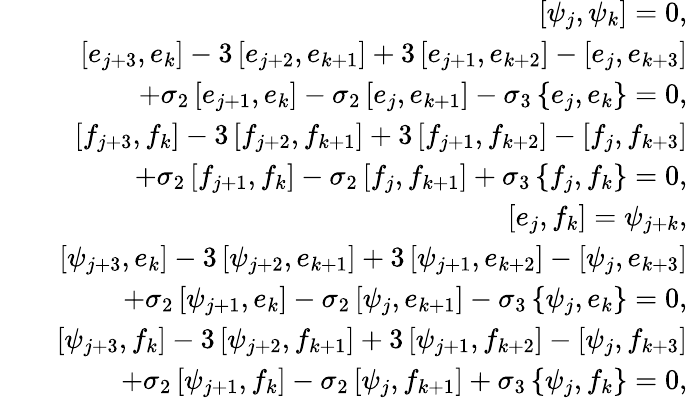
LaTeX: \begin{array}{rlr}&{}&{\left[\psi_{j},\psi_{k}\right]=0,}\\ &{}&{\left[e_{j+3},e_{k}\right]-3\left[e_{j+2},e_{k+1}\right]+3\left[e_{j+1},e_{k+2}\right]-\left[e_{j},e_{k+3}\right]}\\ &{}&{\quad+\sigma_{2}\left[e_{j+1},e_{k}\right]-\sigma_{2}\left[e_{j},e_{k+1}\right]-\sigma_{3}\left\{ e_{j},e_{k}\right\} =0,}\\ &{}&{\left[f_{j+3},f_{k}\right]-3\left[f_{j+2},f_{k+1}\right]+3\left[f_{j+1},f_{k+2}\right]-\left[f_{j},f_{k+3}\right]}\\ &{}&{\quad+\sigma_{2}\left[f_{j+1},f_{k}\right]-\sigma_{2}\left[f_{j},f_{k+1}\right]+\sigma_{3}\left\{ f_{j},f_{k}\right\} =0,}\\ &{}&{\left[e_{j},f_{k}\right]=\psi_{j+k},}\\ &{}&{\left[\psi_{j+3},e_{k}\right]-3\left[\psi_{j+2},e_{k+1}\right]+3\left[\psi_{j+1},e_{k+2}\right]-\left[\psi_{j},e_{k+3}\right]}\\ &{}&{\quad+\sigma_{2}\left[\psi_{j+1},e_{k}\right]-\sigma_{2}\left[\psi_{j},e_{k+1}\right]-\sigma_{3}\left\{ \psi_{j},e_{k}\right\} =0,}\\ &{}&{\left[\psi_{j+3},f_{k}\right]-3\left[\psi_{j+2},f_{k+1}\right]+3\left[\psi_{j+1},f_{k+2}\right]-\left[\psi_{j},f_{k+3}\right]}\\ &{}&{\quad+\sigma_{2}\left[\psi_{j+1},f_{k}\right]-\sigma_{2}\left[\psi_{j},f_{k+1}\right]+\sigma_{3}\left\{ \psi_{j},f_{k}\right\} =0,}\end{array}